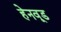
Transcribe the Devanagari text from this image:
हेनवूड